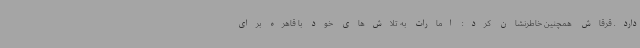
دارد. قرقاش همچنین خاطرنشان کرد: امارات به تلاش‌های خود با قاهره برای